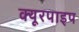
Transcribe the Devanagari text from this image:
क्‍यूरपाइप